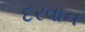
દરવાન